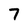
Character: 7